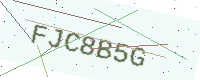
Text: FJC8B5G